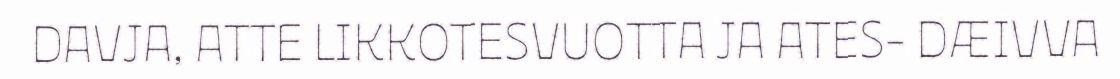
DAVJA, ATTE LIKKOTESVUOTTA JA ATES- DÆIVVA